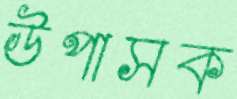
উপাসক